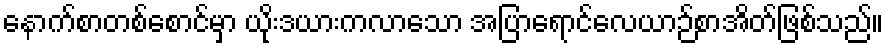
နောက်စာတစ်စောင်မှာ ယိုးဒယားကလာသော အပြာရောင်လေယာဉ်စာအိတ်ဖြစ်သည်။